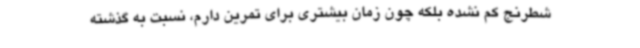
شطرنج کم نشده بلکه چون زمان بیشتری برای تمرین دارم، نسبت به گذشته